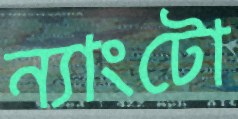
ন্যাংটো